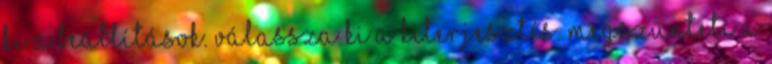
ki a beállítások. Válassza ki a kiterjesztés. Megszünteti a